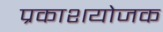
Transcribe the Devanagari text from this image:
प्रकाशयोजक